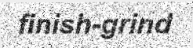
finish-grind